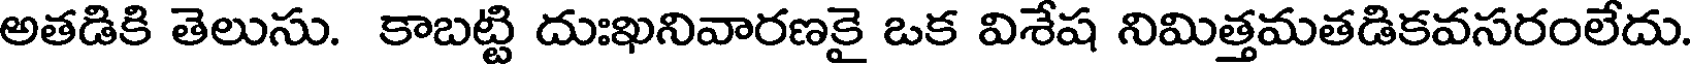
అతడికి తెలుసు. కాబట్టి దుఃఖనివారణకై ఒక విశేష నిమిత్తమతడికవసరంలేదు